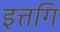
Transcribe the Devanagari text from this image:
इत्तगि